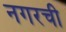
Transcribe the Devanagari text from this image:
नगरची